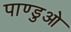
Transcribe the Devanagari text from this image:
पाण्डुओ